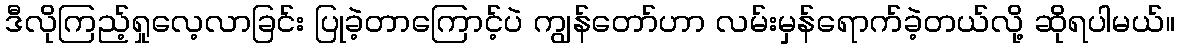
ဒီလိုကြည့်ရှုလေ့လာခြင်း ပြုခဲ့တာကြောင့်ပဲ ကျွန်တော်ဟာ လမ်းမှန်ရောက်ခဲ့တယ်လို့ ဆိုရပါမယ်။